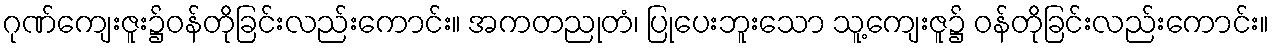
ဂုဏ်ကျေးဇူး၌ဝန်တိုခြင်းလည်းကောင်း။ အကတညုတံ၊ ပြုပေးဘူးသော သူ့ကျေးဇူ၌ ဝန်တိုခြင်းလည်းကောင်း။